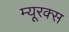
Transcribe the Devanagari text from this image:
म्यूरक्स